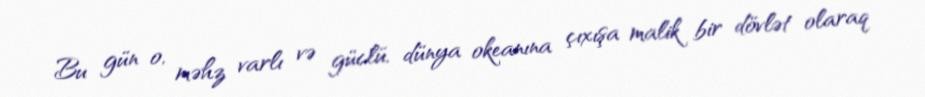
Bu gün o, məhz varlı və güclü, dünya okeanına çıxışa malik bir dövlət olaraq